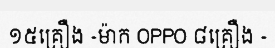
១៥គ្រឿង -ម៉ាក OPPO ៨គ្រឿង -